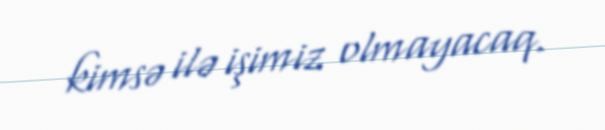
kimsə ilə işimiz olmayacaq.